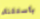
بأستثناء